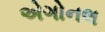
એગોનલ